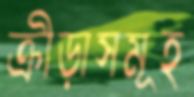
ক্রীড়াসমূহ